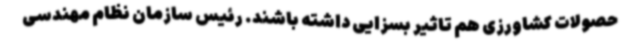
حصولات کشاورزی هم تاثیر بسزایی داشته باشند. رئیس سازمان نظام مهندسی